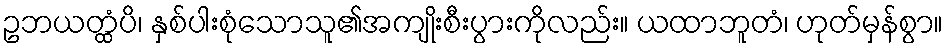
ဥဘယတ္ထံပိ၊ နှစ်ပါးစုံသောသူ၏အကျိုးစီးပွားကိုလည်း။ ယထာဘူတံ၊ ဟုတ်မှန်စွာ။